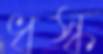
ধস্‌ক